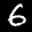
Label: 6